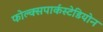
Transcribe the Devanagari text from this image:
फोल्क्सपार्कस्टेडियोन